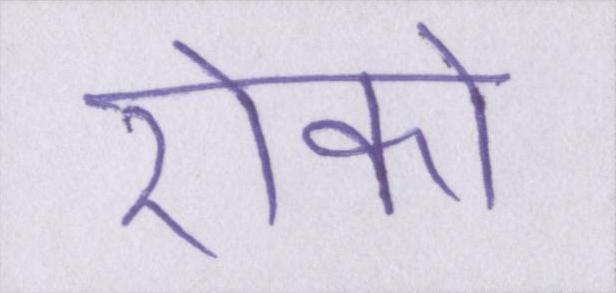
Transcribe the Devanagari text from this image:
रोको